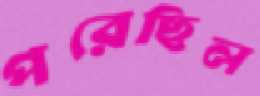
পরেছিল